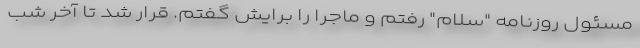
مسئول روزنامه "سلام" رفتم و ماجرا را برایش گفتم. قرار شد تا آخر شب